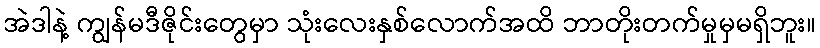
အဲဒါနဲ့ ကျွန်မဒီဇိုင်းတွေမှာ သုံးလေးနှစ်လောက်အထိ ဘာတိုးတက်မှုမှမရှိဘူး။